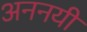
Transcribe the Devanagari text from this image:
अननयी